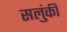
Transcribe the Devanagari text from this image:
सलुंकी